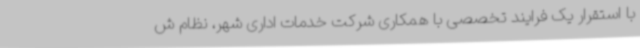
با استقرار یک فرایند تخصصی با همکاری شرکت خدمات اداری شهر، نظام ش